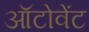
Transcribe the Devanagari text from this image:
ऑटोवेंट